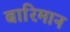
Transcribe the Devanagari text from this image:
बारिमान